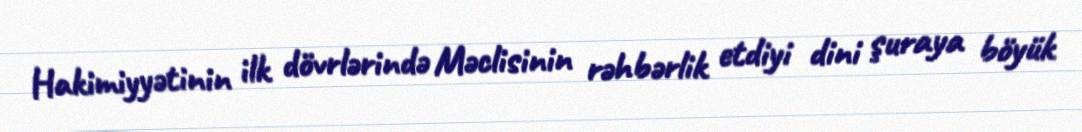
Hakimiyyətinin ilk dövrlərində Məclisinin rəhbərlik etdiyi dini şuraya böyük